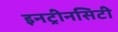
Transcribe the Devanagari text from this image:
इनट्रीनसिटी